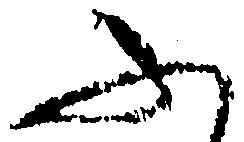
ふ